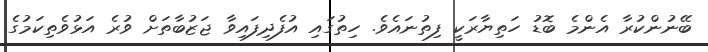
ބޭނުންކުރާ އެންމެ ބޮޑު ހަތިޔާރަކީ ފިތުނައެވެ. ހިތުގައި އުފެދިފައިވާ ޖަޒުބާތަށް ވުރެ އަޅުވެތިކަމުގެ